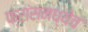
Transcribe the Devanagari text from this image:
फ्रांसमध्येच